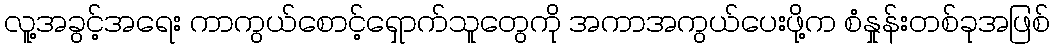
လူ့အခွင့်အရေး ကာကွယ်စောင့်ရှောက်သူတွေကို အကာအကွယ်ပေးဖို့က စံနှုန်းတစ်ခုအဖြစ်